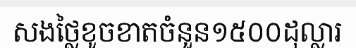
សងថ្លៃខូចខាតចំនួន១៥០០ដុល្លារ